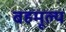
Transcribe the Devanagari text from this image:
बहमूल्य